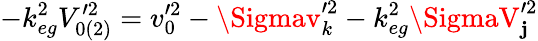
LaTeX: -k_{eg}^{2}V_{0(2)}^{\prime2}=v_{0}^{\prime2}-\Sigmav_{k}^{\prime2}-k_{eg}^{2}\SigmaV_{\mathbf{j}}^{\prime2}